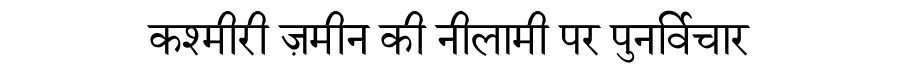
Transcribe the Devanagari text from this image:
कश्मीरी ज़मीन की नीलामी पर पुनर्विचार